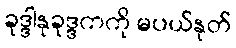
ခုဒ္ဒါနုခုဒ္ဒကကို မပယ်နုတ်